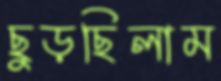
ছুড়ছিলাম